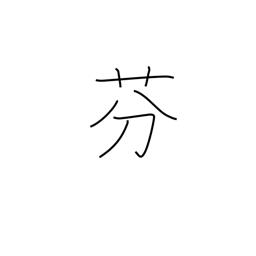
Meaning: perfume